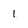
Character: I